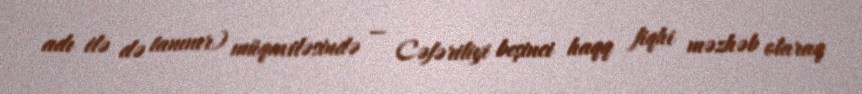
adı ilə də tanınır) müqaviləsində — Cəfəriliyi beşinci haqq fiqhi məzhəb olaraq